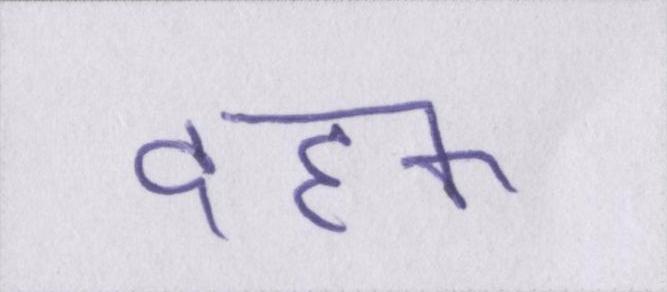
दहक